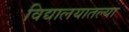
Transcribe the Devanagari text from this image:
विद्यालयातल्या